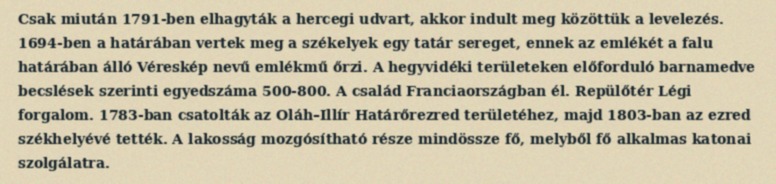
Csak miután 1791-ben elhagyták a hercegi udvart, akkor indult meg közöttük a levelezés. 1694-ben a határában vertek meg a székelyek egy tatár sereget, ennek az emlékét a falu határában álló Véreskép nevű emlékmű őrzi. A hegyvidéki területeken előforduló barnamedve becslések szerinti egyedszáma 500-800. A család Franciaországban él. Repülőtér Légi forgalom. 1783-ban csatolták az Oláh–Illír Határőrezred területéhez, majd 1803-ban az ezred székhelyévé tették. A lakosság mozgósítható része mindössze fő, melyből fő alkalmas katonai szolgálatra.